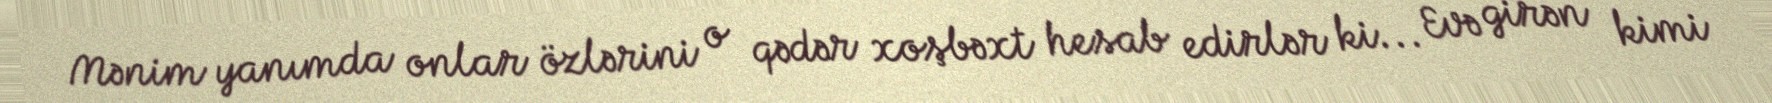
Mənim yanımda onlar özlərini o qədər xoşbəxt hesab edirlər ki... Evə girən kimi